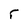
Character: r